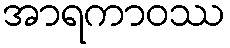
အာရကာဝဿ